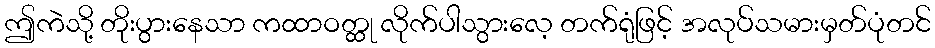
ဤကဲသို့ တိုးပွားနေသာ ကထာဝတ္ထု လိုက်ပါသွားလေ့ တက်ရုံဖြင့် အလုပ်သမားမှတ်ပုံတင်